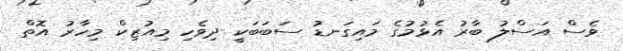
ވެސް އަސްލު ބާރު އެޅުމުގެ މައިގަނޑު ސަބަބަކީ ދިވެހި މިއުޒިކް މިހާރު އޮތް